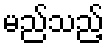
မည်သည့်